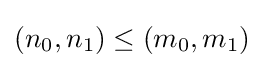
\left(n_{0},n_{1}\right)\leq \left(m_{0},m_{1}\right)